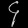
Digit: ၄